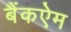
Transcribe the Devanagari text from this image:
बैंकऐम